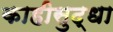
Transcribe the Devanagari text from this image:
काहीसुद्धा